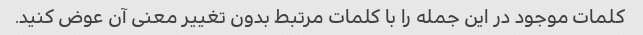
کلمات موجود در این جمله را با کلمات مرتبط بدون تغییر معنی آن عوض کنید.